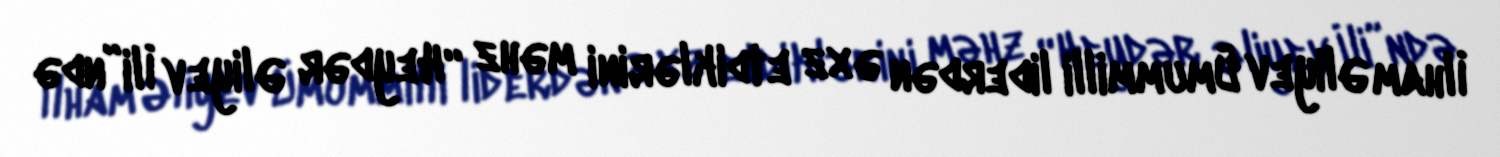
İlham Əliyev Ümummilli liderdən əxz etdiklərini məhz “Heydər Əliyev İli”ndə